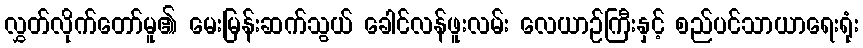
လွှတ်လိုက်တော်မူ၏ မေးမြန်းဆက်သွယ် ခေါင်လန်ဖူးလမ်း လေယာဉ်ကြီးနှင့် စည်ပင်သာယာရေးရုံး